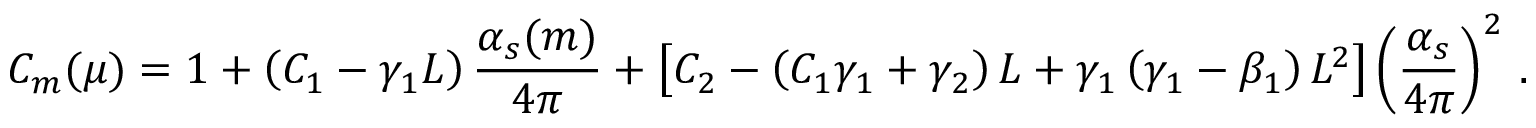
C _ { m } ( \mu ) = 1 + \left( C _ { 1 } - \gamma _ { 1 } L \right) \frac { \alpha _ { s } ( m ) } { 4 \pi } + \left[ C _ { 2 } - \left( C _ { 1 } \gamma _ { 1 } + \gamma _ { 2 } \right) L + \gamma _ { 1 } \left( \gamma _ { 1 } - \beta _ { 1 } \right) L ^ { 2 } \right] \left( \frac { \alpha _ { s } } { 4 \pi } \right) ^ { 2 } \, .